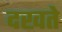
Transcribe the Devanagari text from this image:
दखते